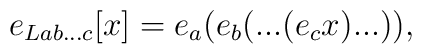
e_{Lab...c}[x] = e_{a}(e_{b}(...(e_{c}x)...)),